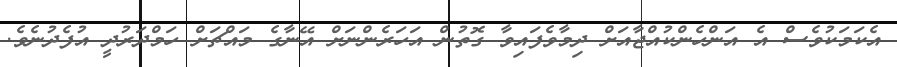
އެކަމަކުވެސް އެ އަންހެންކުއްޖާއަށް ދިމާވެފައިވާ ގޮތުން އަހަރެންނަށް އޭނާގެ މައްޗަށް ހަމްދަރުދީ އުފެދުނެވެ.